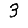
Digit: 3